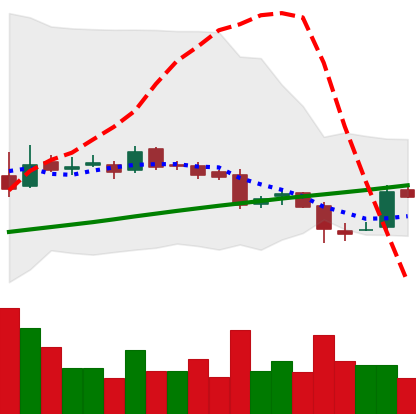
Ticker: LTC-USD
Chart end date: 2016-07-30
Forward return: -7.715%
Label: down_7plus